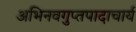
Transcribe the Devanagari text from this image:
अभिनवगुप्तपादाचार्य